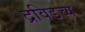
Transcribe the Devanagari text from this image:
द्रविडच्य